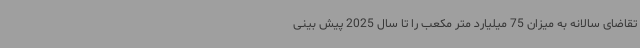
تقاضای سالانه به میزان 75 میلیارد متر مکعب را تا سال 2025 پیش بینی